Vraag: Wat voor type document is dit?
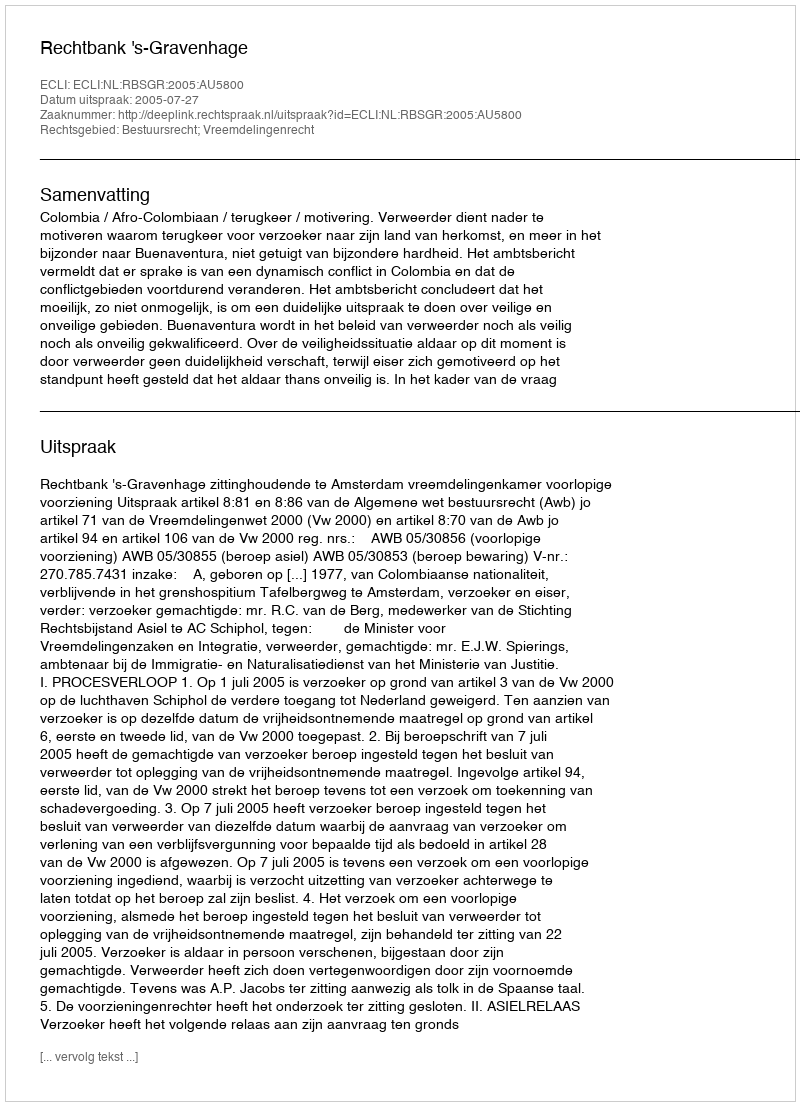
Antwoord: Uitspraak